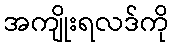
အကျိုးရလဒ်ကို